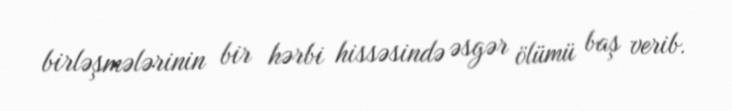
birləşmələrinin bir hərbi hissəsində əsgər ölümü baş verib.